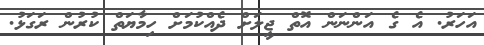
އަހަރު. އެ ގެ އަންނަން އޮތް ޖީލަށް ދެއްކުމަށް ހިމާޔަތް ކުރުން ރަގަޅު.